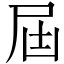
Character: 屆